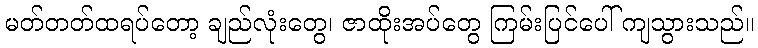
မတ်တတ်ထရပ်တော့ ချည်လုံးတွေ၊ ဇာထိုးအပ်တွေ ကြမ်းပြင်ပေါ် ကျသွားသည်။